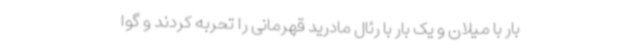
بار با میلان و یک بار با رئال مادرید قهرمانی را تحربه کردند و گوا